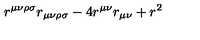
r ^ { \mu \nu \rho \sigma } r _ { \mu \nu \rho \sigma } - 4 r ^ { \mu \nu } r _ { \mu \nu } + r ^ { 2 }